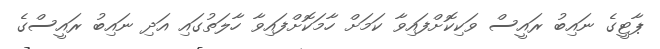
ޕާޓީގެ ނައިބު ރައީސް ވަކިކޮށްފައިވާ ކަމަށް ހާމަކޮށްފައިވާ ހާލަތުގައި އަދި ނައިބު ރައީސްގެ